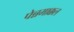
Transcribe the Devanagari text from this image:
पेन्नमाक्कल